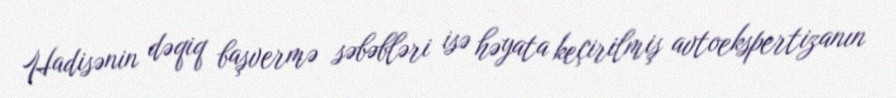
Hadisənin dəqiq başvermə səbəbləri isə həyata keçirilmiş avtoekspertizanın